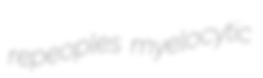
repeoples myelocytic